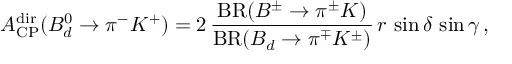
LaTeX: { \cal A } _ { \mathrm { C P } } ^ { \mathrm { d i r } } ( B _ { d } ^ { 0 } \to \pi ^ { - } K ^ { + } ) = 2 \, \frac { \mathrm { B R } ( B ^ { \pm } \to \pi ^ { \pm } K ) } { \mathrm { B R } ( B _ { d } \to \pi ^ { \mp } K ^ { \pm } ) } \, r \, \sin \delta \, \sin \gamma \, ,